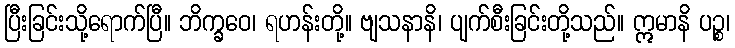
ပြီးခြင်းသို့ရောက်ပြီ။ ဘိက္ခဝေ၊ ရဟန်းတို့။ ဗျသနာနိ၊ ပျက်စီးခြင်းတို့သည်။ ဣမာနိ ပဉ္စ၊